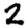
Digit: 2